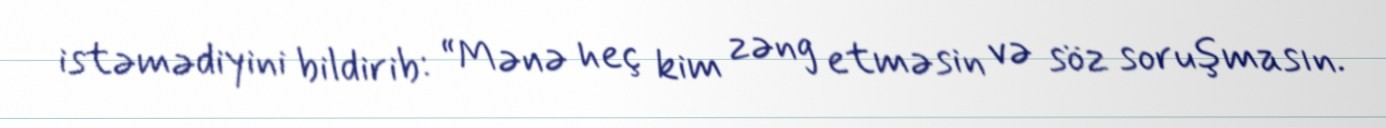
istəmədiyini bildirib: “Mənə heç kim zəng etməsin və söz soruşmasın.